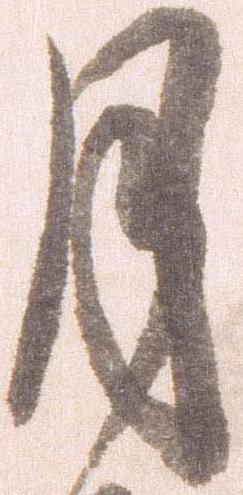
月